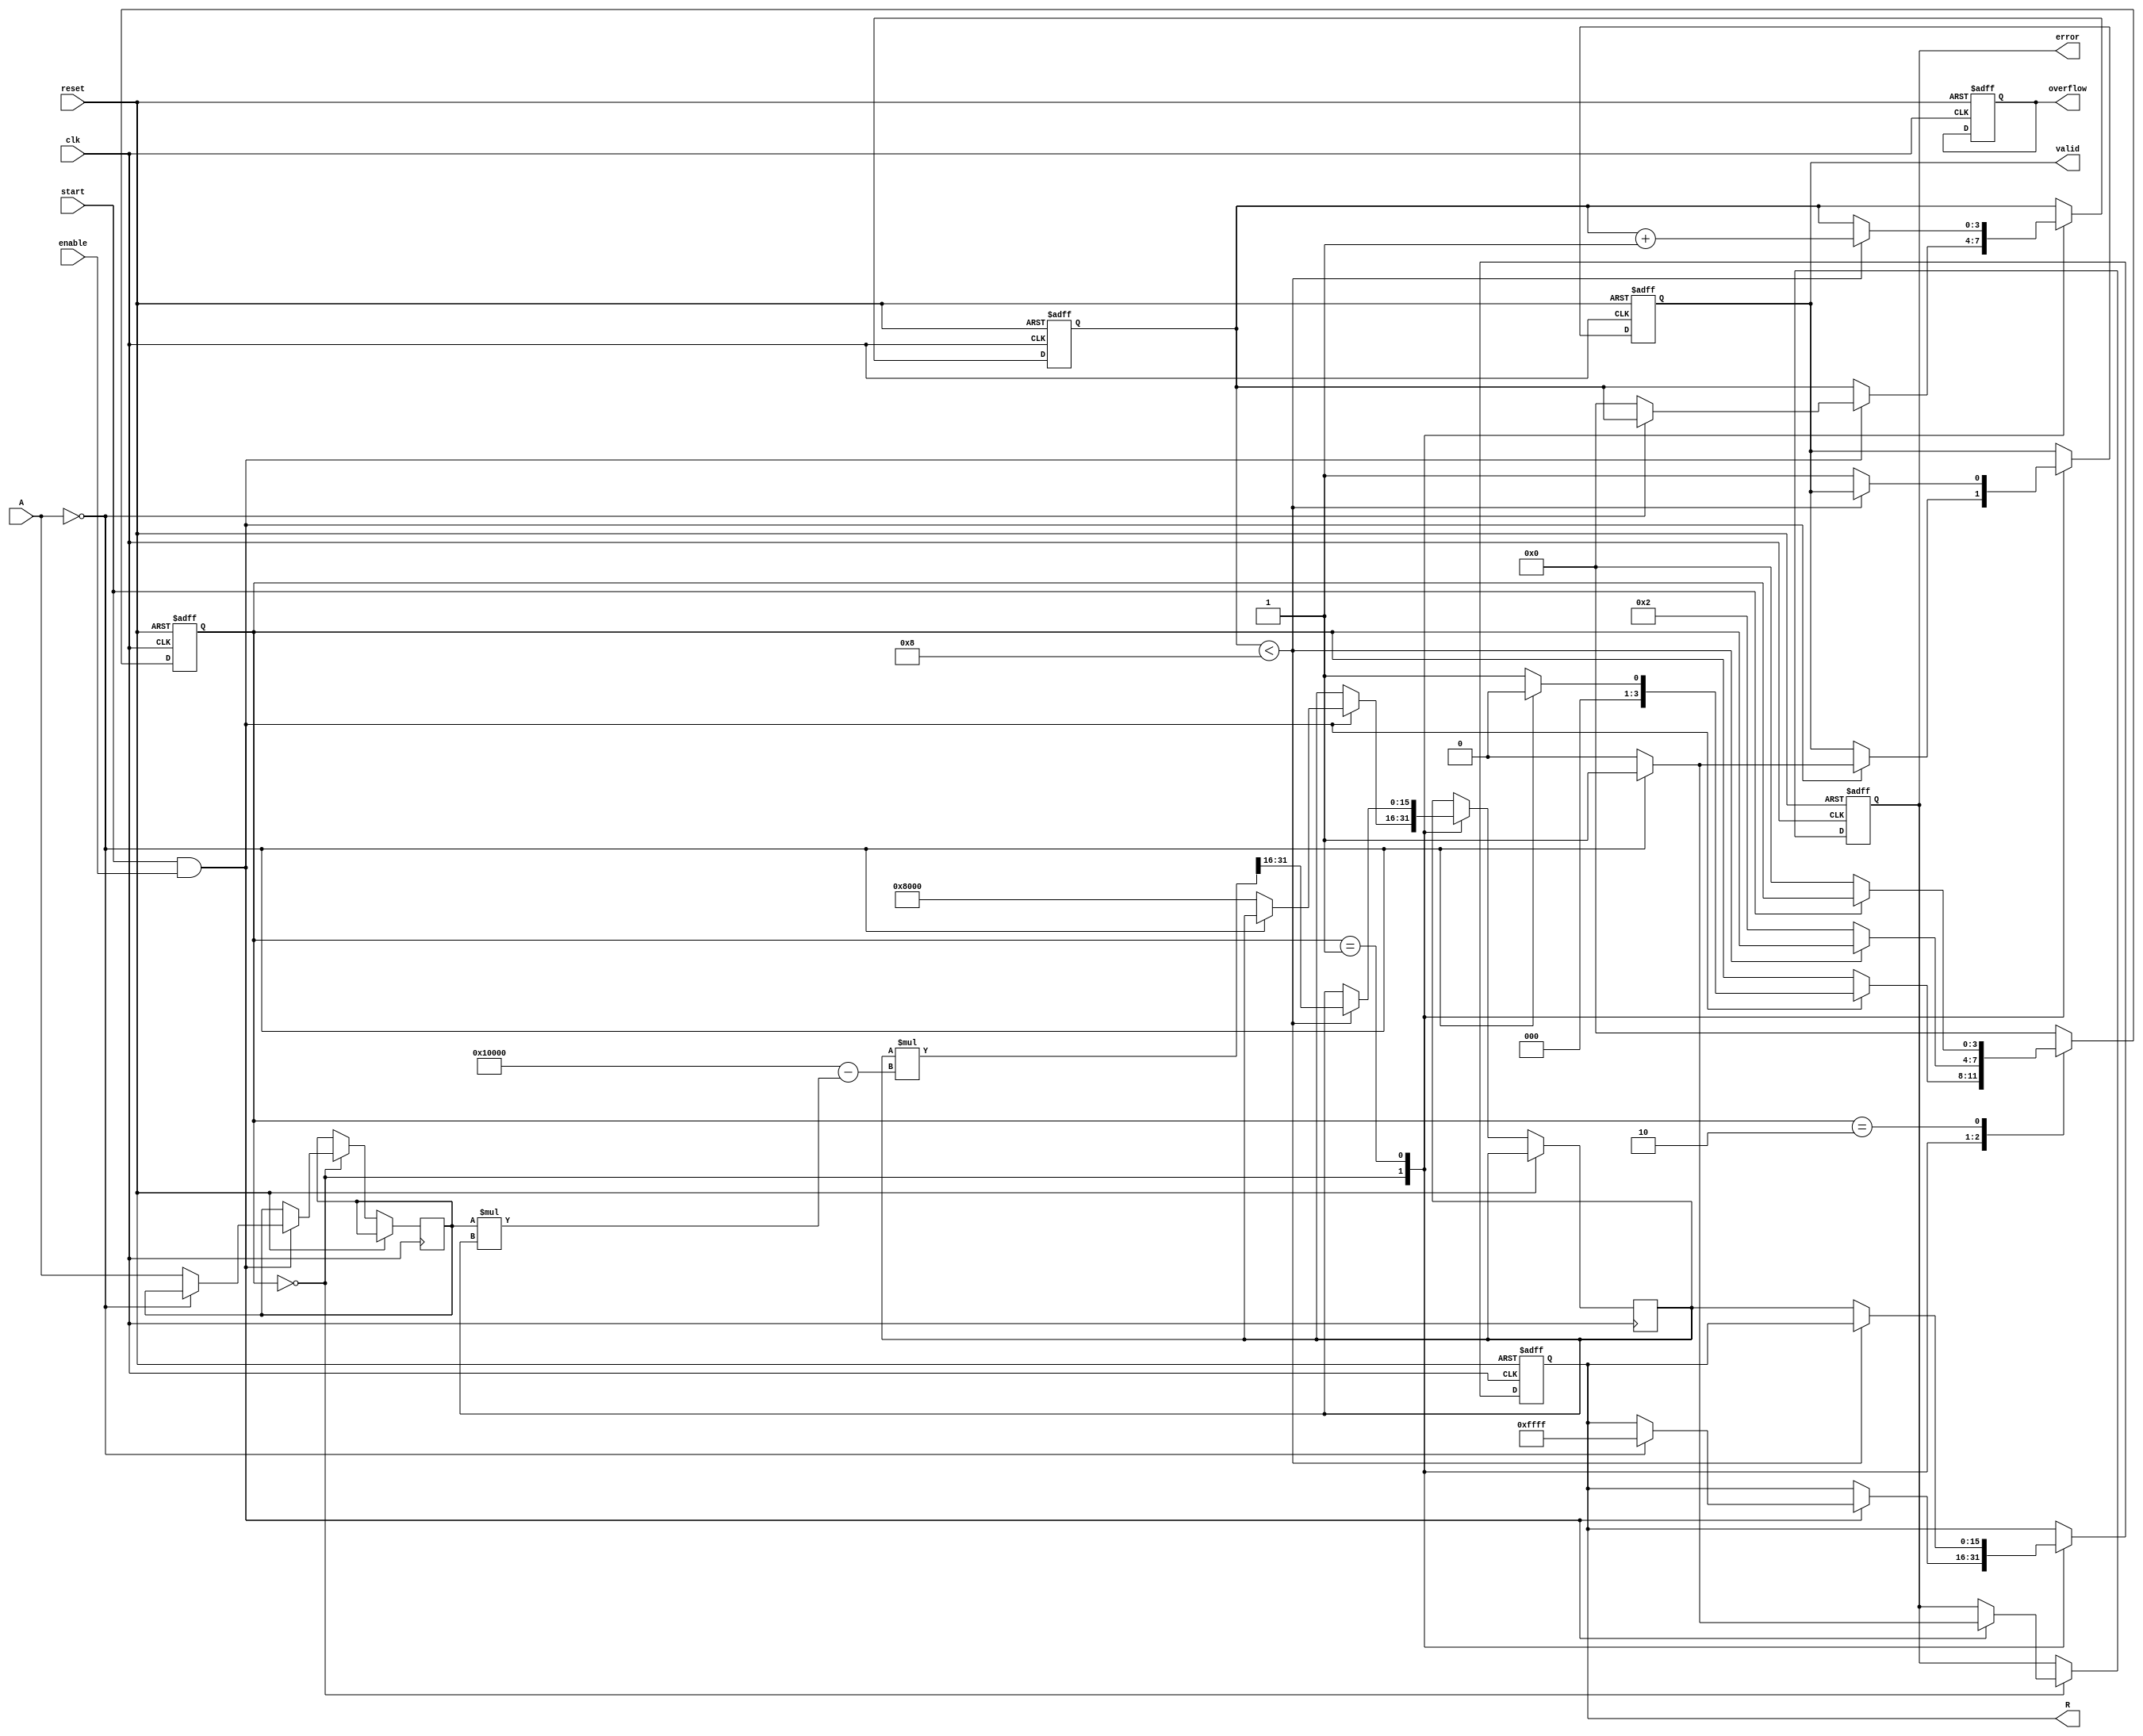
module BitwiseReciprocal #(
    parameter WIDTH = 16,         // Width of the input and output
    parameter ITERATIONS = 8      // Number of iterations for approximation
)(
    input  wire                   clk,              // Clock signal
    input  wire                   reset,            // Reset signal
    input  wire                   start,            // Start signal
    input  wire                   enable,           // Enable signal
    input  wire [WIDTH-1:0]      A,                // Input number
    output reg  [WIDTH-1:0]      R,                // Reciprocal output
    output reg                   valid,             // Valid flag
    output reg                   overflow,          // Overflow flag
    output reg                   error              // Error flag for invalid input
);
    
    // Internal registers
    reg [WIDTH-1:0] x;             // Current approximation
    reg [WIDTH-1:0] y;             // Input value
    reg [3:0] state;               // State for FSM
    reg [3:0] count;               // Iteration counter

    // State encoding
    localparam IDLE      = 4'b0000,
               COMPUTE   = 4'b0001,
               OUTPUT     = 4'b0010;

    // State transition and computation
    always @(posedge clk or posedge reset) begin
        if (reset) begin
            state <= IDLE;
            R <= 0;
            valid <= 0;
            overflow <= 0;
            error <= 0;
            count <= 0;
        end else begin
            case (state)
                IDLE: begin
                    if (start && enable) begin
                        if (A == 0) begin
                            R <= {WIDTH{1'b1}}; // Set output to max for zero input
                            error <= 1;
                            valid <= 1;
                            state <= IDLE; // Remain in IDLE
                        end else begin
                            y <= A;
                            x <= {1'b1, {WIDTH-1{1'b0}}}; // Initial approximation (1)
                            count <= 0;
                            error <= 0;
                            valid <= 0;
                            state <= COMPUTE;
                        end
                    end
                end

                COMPUTE: begin
                    if (count < ITERATIONS) begin
                        // Update x using the formula: x = x * (2 - y * x)
                        x <= x * (2**WIDTH - y * x) >> WIDTH;
                        count <= count + 1;
                    end else begin
                        R <= x; // Store the result
                        valid <= 1; // Indicate valid output
                        state <= OUTPUT; // Move to output state
                    end
                end

                OUTPUT: begin
                    if (!start) begin
                        state <= IDLE; // Go back to IDLE state
                    end
                end

                default: state <= IDLE; // Default case for safety
            endcase
        end
    end
endmodule